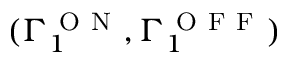
( \Gamma _ { 1 } ^ { \mathrm { ~ O ~ N ~ } } , \Gamma _ { 1 } ^ { \mathrm { ~ O ~ F ~ F ~ } } )